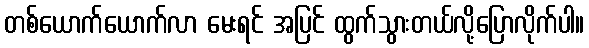
တစ်ယောက်ယောက်လာ မေးရင် အပြင် ထွက်သွားတယ်လို့ပြောလိုက်ပါ။